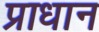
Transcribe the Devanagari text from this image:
प्राधान